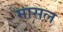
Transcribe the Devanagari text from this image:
मासल